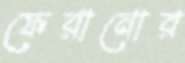
ফেরানোর